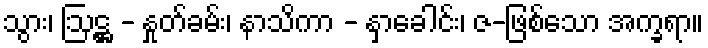
သွား၊ ဩဋ္ဌ - နှုတ်ခမ်း၊ နာသိကာ - နှာခေါင်း၊ ဇ-ဖြစ်သော အက္ခရာ။